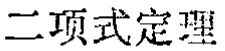
二项式定理